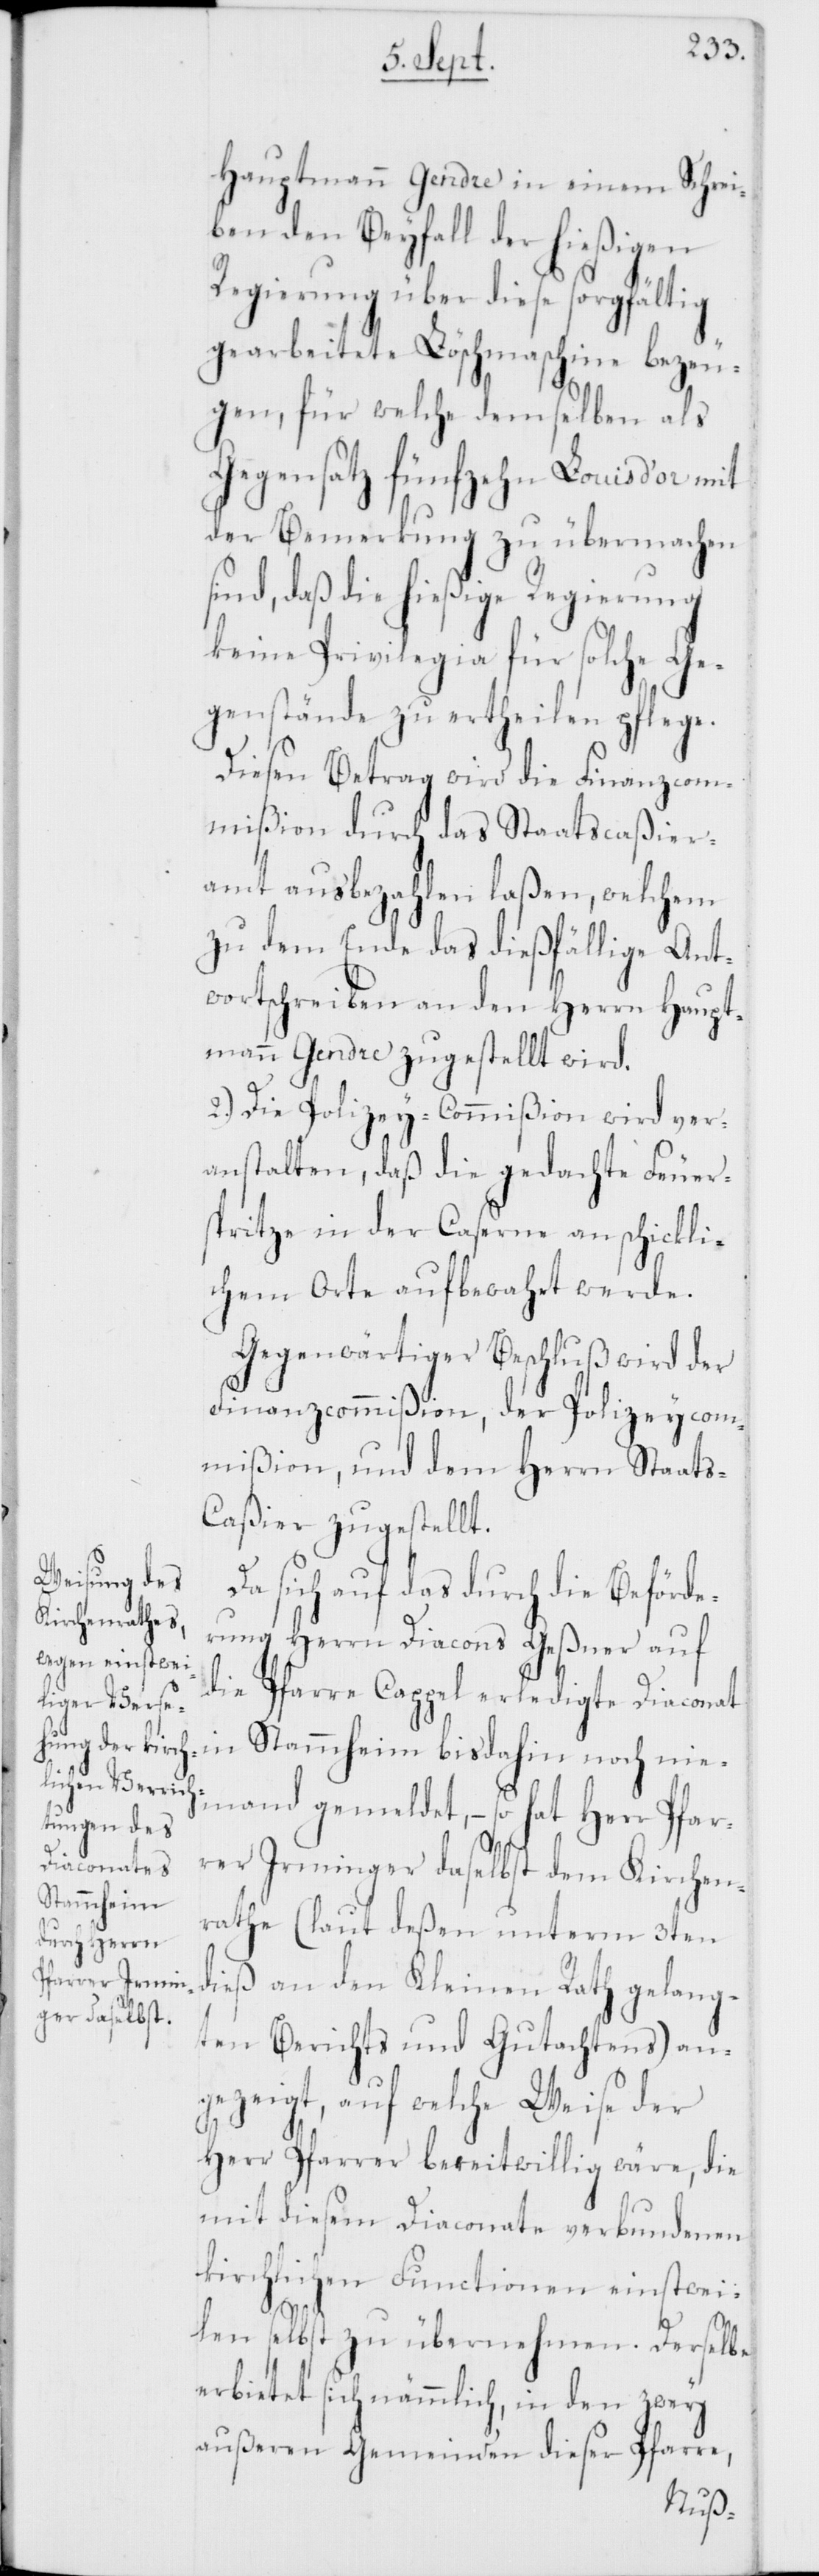
Hauptmann Gendre in einem Schrei¬
ben den Beyfall der hießigen
Regierung über diese sorgfältig
gearbeitete Löschmaschine bezeu¬
gen, für welche demselben als
Gegensatz fünfzehn Louis d’or mit
der Bemerkung zu übermachen
sind, daß die hießige Regierung
keine Privilegia für solche Ge¬
genstände zu ertheilen pflege.
Diesen Betrag wird die Finanzcom¬
mißion durch das Staatscaßier¬
amt ausbezahlen laßen, welchem
zu dem Ende das dießfällige Ant¬
wortschreiben an den Herrn Haupt¬
mann Gendre zugestellt wird.
2.) Die Polizey-Commißion wird ver¬
anstalten, daß die gedachte Feuer¬
spritze in der Caserne an schickli¬
chem Orte aufbewahrt werde.
Gegenwärtiger Beschluß wird der
Finanzcommißion, der Polizeycom¬
mißion, und dem Herrn Staats-C¬
aßier zugestellt.
Da sich auf das durch die Beförde¬
rung Herrn Diacons Geßner auf
die Pfarre Cappel erledigte Diaconat
in Stammheim bis dahin noch nie¬
mand gemeldet, – so hat Herr Pfar¬
rer Irminger daselbst dem Kirchen¬
rathe (laut deßen unterm 3ten
dieß an den Kleinen Rath gelang¬
ten Berichts und Gutachtens) an¬
gezeigt, auf welche Weise der
Herr Pfarrer bereitwillig wäre, die
mit diesem Diaconate verbundenen
kirchlichen Functionen einstwei¬
len selbst zu übernehmen. Derselbe
erbietet sich nämmlich, in den zwey
äußeren Gemeinden dieser Pfarre,